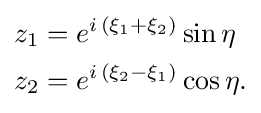
{\begin{aligned}z_{1}&=e^{i\,(\xi _{1}+\xi _{2})}\sin \eta \\z_{2}&=e^{i\,(\xi _{2}-\xi _{1})}\cos \eta .\end{aligned}}